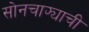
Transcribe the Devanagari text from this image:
सोनचाफ्याची